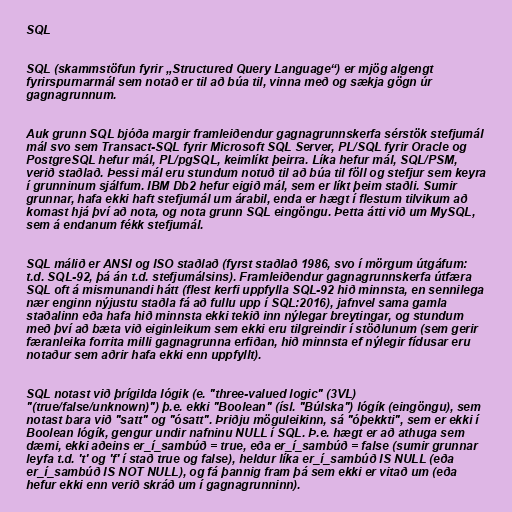
SQL

SQL (skammstöfun fyrir „Structured Query Language“) er mjög algengt
fyrirspurnarmál sem notað er til að búa til, vinna með og sækja gögn úr
gagnagrunnum.

Auk grunn SQL bjóða margir framleiðendur gagnagrunnskerfa sérstök stefjumál
mál svo sem Transact-SQL fyrir Microsoft SQL Server, PL/SQL fyrir Oracle og
PostgreSQL hefur mál, PL/pgSQL, keimlíkt þeirra. Líka hefur mál, SQL/PSM,
verið staðlað. Þessi mál eru stundum notuð til að búa til föll og stefjur sem keyra
í grunninum sjálfum. IBM Db2 hefur eigið mál, sem er líkt þeim staðli. Sumir
grunnar, hafa ekki haft stefjumál um árabil, enda er hægt í flestum tilvikum að
komast hjá því að nota, og nota grunn SQL eingöngu. Þetta átti við um MySQL,
sem á endanum fékk stefjumál.

SQL málið er ANSI og ISO staðlað (fyrst staðlað 1986, svo í mörgum útgáfum:
t.d. SQL-92, þá án t.d. stefjumálsins). Framleiðendur gagnagrunnskerfa útfæra
SQL oft á mismunandi hátt (flest kerfi uppfylla SQL-92 hið minnsta, en sennilega
nær enginn nýjustu staðla fá að fullu upp í SQL:2016), jafnvel sama gamla
staðalinn eða hafa hið minnsta ekki tekið inn nýlegar breytingar, og stundum
með því að bæta við eiginleikum sem ekki eru tilgreindir í stöðlunum (sem gerir
færanleika forrita milli gagnagrunna erfiðan, hið minnsta ef nýlegir fídusar eru
notaður sem aðrir hafa ekki enn uppfyllt).

SQL notast við þrígilda lógik (e. "three-valued logic" (3VL)
"(true/false/unknown)") þ.e. ekki "Boolean" (ísl. "Búlska") lógík (eingöngu), sem
notast bara við "satt" og "ósatt". Þriðju möguleikinn, sá "óþekkti", sem er ekki í
Boolean lógík, gengur undir nafninu NULL í SQL. Þ.e. hægt er að athuga sem
dæmi, ekki aðeins er_í_sambúð = true, eða er_í_sambúð = false (sumir grunnar
leyfa t.d. 't' og 'f' í stað true og false), heldur líka er_í_sambúð IS NULL (eða
er_í_sambúð IS NOT NULL), og fá þannig fram þá sem ekki er vitað um (eða
hefur ekki enn verið skráð um í gagnagrunninn).